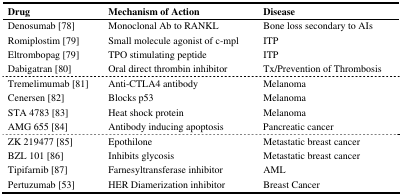
<table><thead><tr><td><b>Drug</b></td><td><b>Mechanism of Action</b></td><td><b>Disease</b></td></tr></thead><tbody><tr><td>Denosumab [78]</td><td>Monoclonal Ab to RANKL</td><td>Bone loss secondary to AIs</td></tr><tr><td>Romiplostim [79]</td><td>Small molecule agonist of c-mpl</td><td>ITP</td></tr><tr><td>Eltrombopag [79]</td><td>TPO stimulating peptide</td><td>ITP</td></tr><tr><td>Dabigatran [80]</td><td>Oral direct thrombin inhibitor</td><td>Tx/Prevention of Thrombosis</td></tr><tr><td>Tremelimumab [81]</td><td>Anti-CTLA4 antibody</td><td>Melanoma</td></tr><tr><td>Cenersen [82]</td><td>Blocks p53</td><td>Melanoma</td></tr><tr><td>STA 4783 [83]</td><td>Heat shock protein</td><td>Melanoma</td></tr><tr><td>AMG 655 [84]</td><td>Antibody inducing apoptosis</td><td>Pancreatic cancer</td></tr><tr><td>ZK 219477 [85]</td><td>Epothilone</td><td>Metastatic breast cancer</td></tr><tr><td>BZL 101 [86]</td><td>Inhibits glycosis</td><td>Metastatic breast cancer</td></tr><tr><td>Tipifarnib [87]</td><td>Farnesyltransferase inhibitor</td><td>AML</td></tr><tr><td>Pertuzumab [53]</td><td>HER Diamerization inhibitor</td><td>Breast Cancer</td></tr></tbody></table>